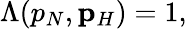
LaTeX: \begin{array}{r}{\Lambda(p_{N},{\mathbf p}_{H})=1,}\end{array}